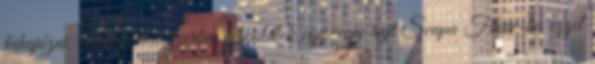
kihajózni, rotációs rendszerben felküldtek egy-egy rajt Scapa Flow-ba ezzel